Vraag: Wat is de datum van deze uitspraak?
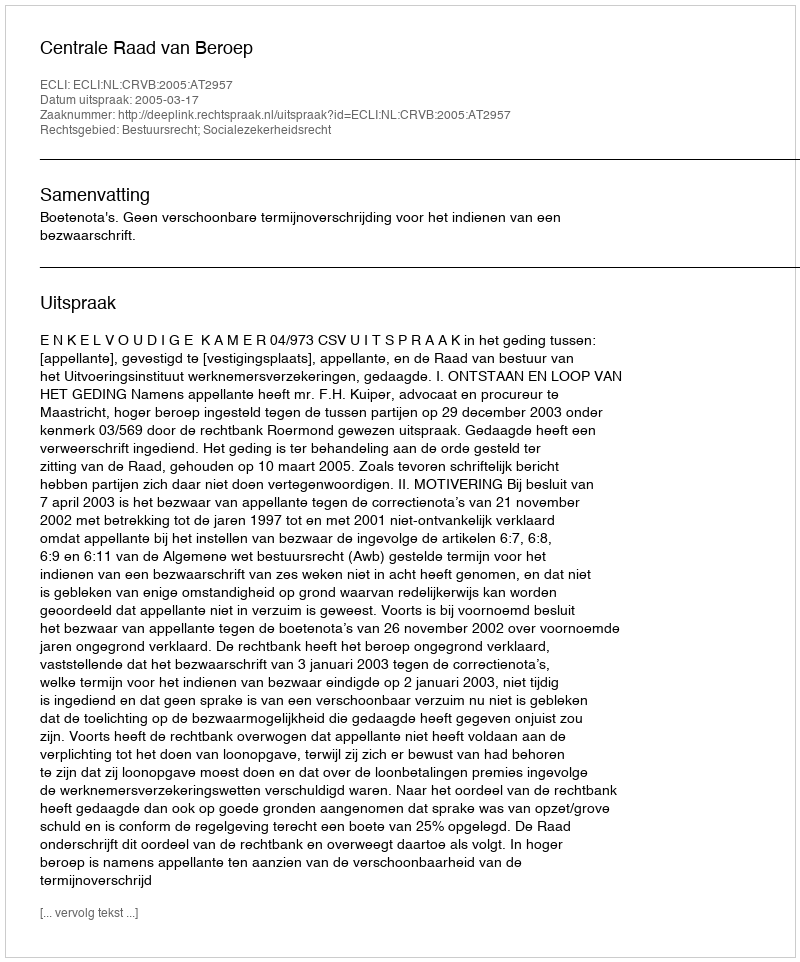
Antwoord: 2005-03-17